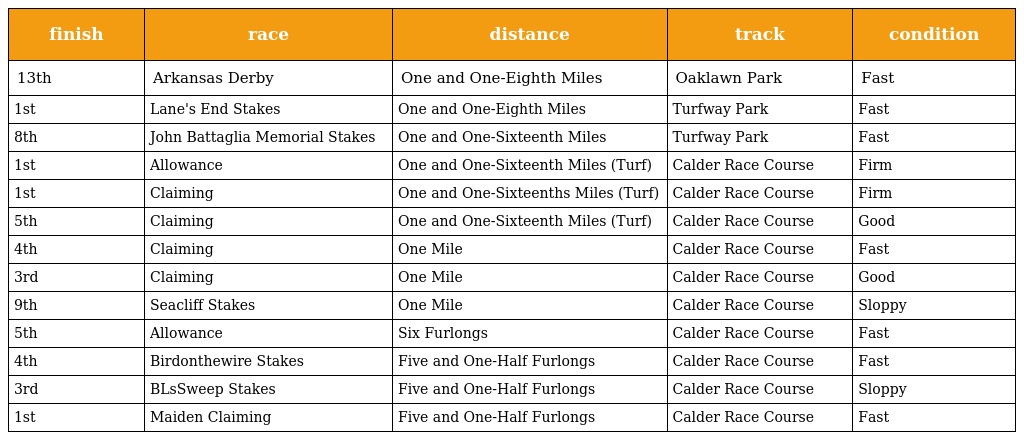
| finish | race | distance | track | condition |
 | --- | --- | --- | --- | --- |
 | 13th | Arkansas Derby | One and One-Eighth Miles | Oaklawn Park | Fast |
 | 1st | Lane's End Stakes | One and One-Eighth Miles | Turfway Park | Fast |
 | 8th | John Battaglia Memorial Stakes | One and One-Sixteenth Miles | Turfway Park | Fast |
 | 1st | Allowance | One and One-Sixteenth Miles (Turf) | Calder Race Course | Firm |
 | 1st | Claiming | One and One-Sixteenths Miles (Turf) | Calder Race Course | Firm |
 | 5th | Claiming | One and One-Sixteenth Miles (Turf) | Calder Race Course | Good |
 | 4th | Claiming | One Mile | Calder Race Course | Fast |
 | 3rd | Claiming | One Mile | Calder Race Course | Good |
 | 9th | Seacliff Stakes | One Mile | Calder Race Course | Sloppy |
 | 5th | Allowance | Six Furlongs | Calder Race Course | Fast |
 | 4th | Birdonthewire Stakes | Five and One-Half Furlongs | Calder Race Course | Fast |
 | 3rd | BLsSweep Stakes | Five and One-Half Furlongs | Calder Race Course | Sloppy |
 | 1st | Maiden Claiming | Five and One-Half Furlongs | Calder Race Course | Fast |